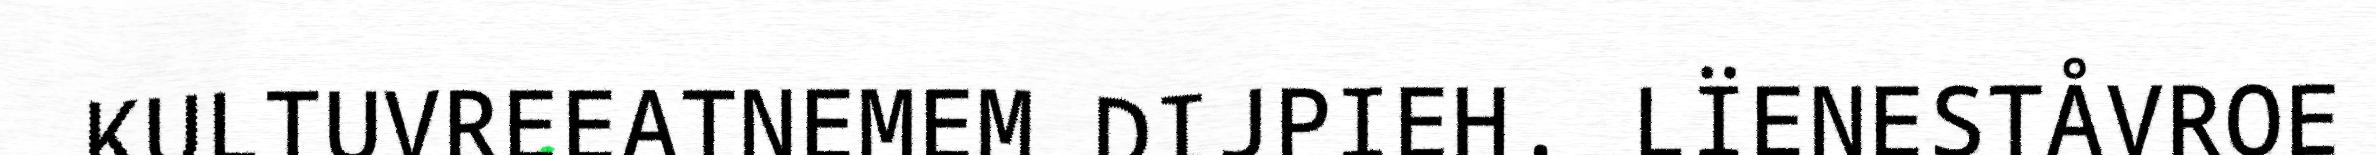
KULTUVREEATNEMEM DIJPIEH. LÏENESTÅVROE